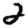
Digit: 2